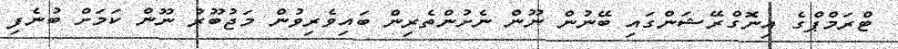
ޓްރަމްޕްގެ އިނޮގްރޭޝަންގައި ބޭނުން ނޫން ނެށުންތެރިން ބައިވެރިވުން މަޖުބޫރު ނޫން ކަމަށް ބުނެފި